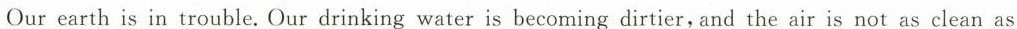
Ourearth is in trouble. Our drinking water is becoming dirtier,and the air is not as clean as